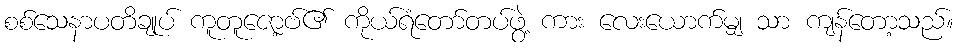
စစ်သေနာပတိချုပ် ကူတူဇော့ဗ်၏ ကိုယ်ရံတော်တပ်ဖွဲ့ ကား လေးယောက်မျှ သာ ကျန်တော့သည်။